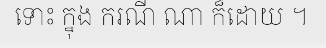
ទោះ ក្នុង ករណី ណា ក៏ដោយ ។